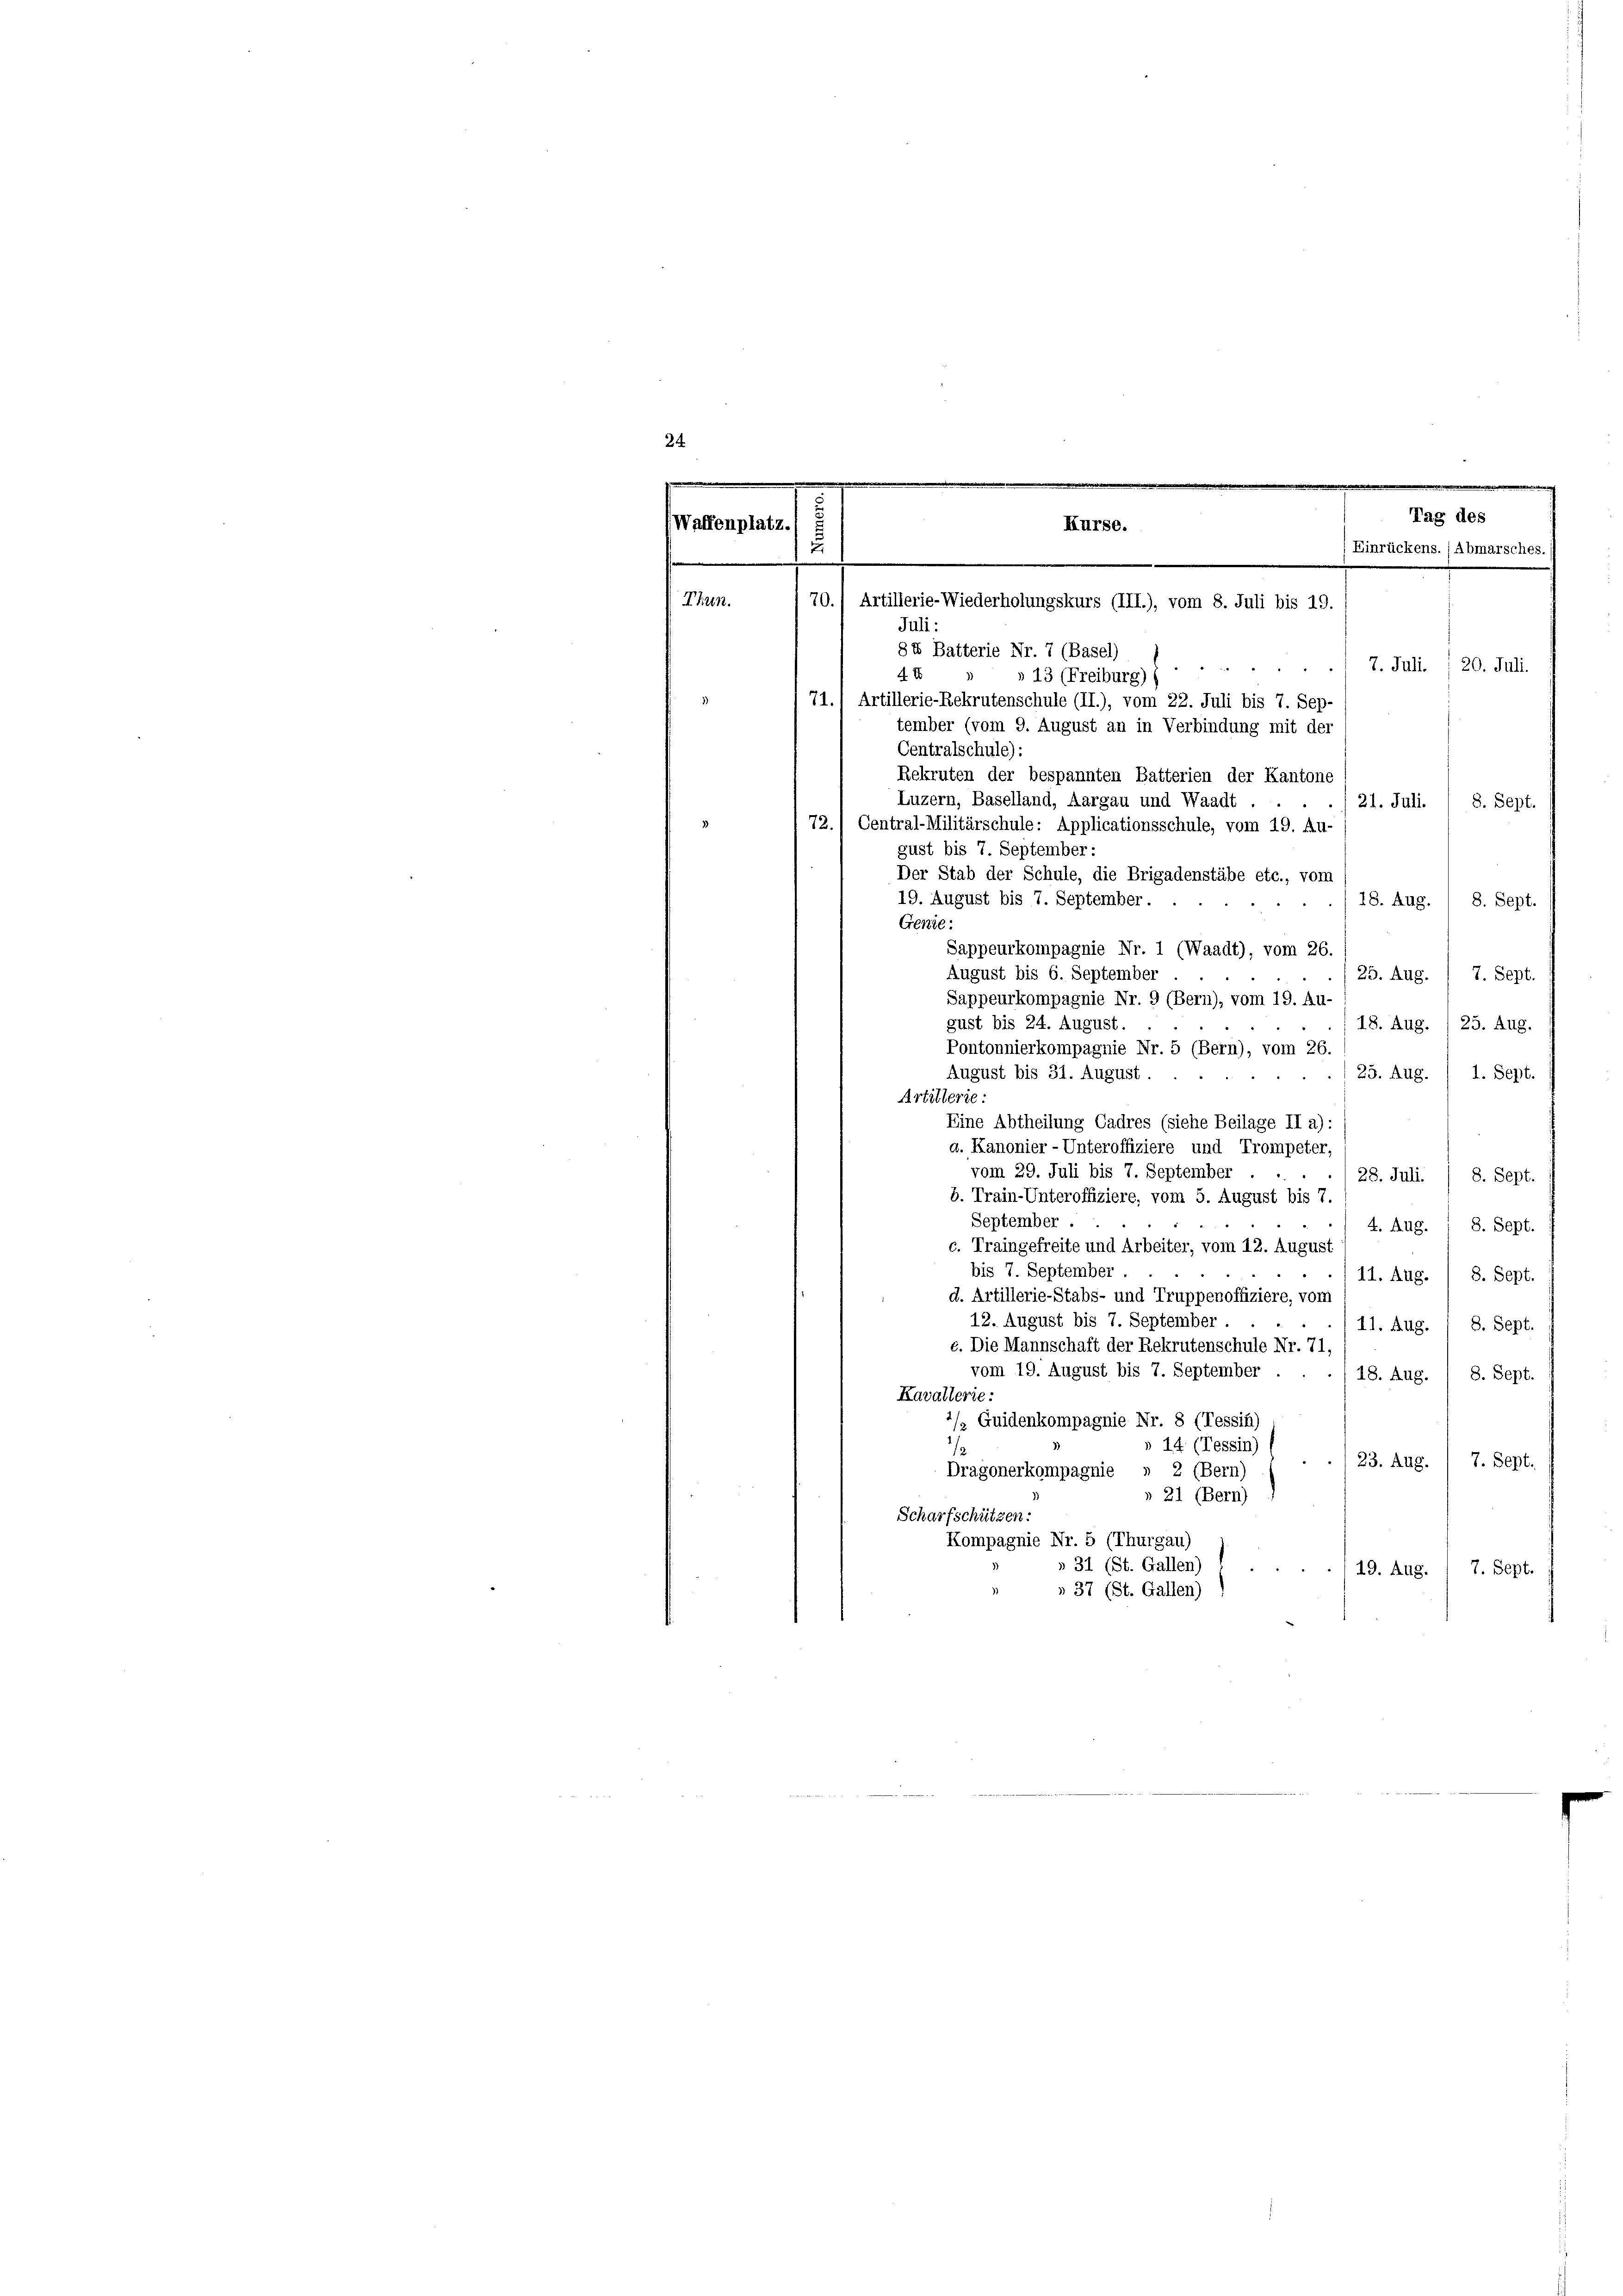
24

71.) Artillerie-Rekrutenschule (II.), vom 22. Juli bis 7. Sep-
tember (vom 9. August an in Verbindung mit der
Centralschule):
Rekruten der bespannten Batterien der Kantone
Luzern, Baselland, Aargau und Waadt
./21. Juli. / 8. Sept.
72./ Central-Militärschule: Applicationsschule, vom 19. Au-
gust bis 7. September:
Der Stab der Schule, die Brigadenstäbe etc., vom
19. August bis 7. September.
18. Aug.
8. Sept.
Genie:
Sappeurkompagnie Nr. 1 (Waadt), vom 26.
August bis 6. September
25. Aug. 1 7. Sept.
Sappeurkompagnie Nr. 9 (Bern), vom 19. Au-
gust bis 24. August.
18. Aug. / 25. Aug.
Pontonnierkompagnie Nr. 5 (Bern), vom 26.
August bis 31. August.
25. Aug. / 1. Sept.
Artillerie:
Eine Abtheilung Cadres (siehe Beilage II a):
a. Kanonier-Unteroffiziere und Trompeter,
vom 29. Juli bis 7. September . . . . 28. Juli. / 8. Sept.
b. Train-Unteroffiziere, vom 5. August bis 7.
September.
4. Aug. 8. Sept.
c. Traingefreite und Arbeiter, vom 12. August
bis 7. September
11. Aug. / 8. Sept.
d. Artillerie-Stabs- und Truppenoffiziere, von
12. August bis 7. September
11. Aug. / 8. Sept.
c. Die Mannschaft der Rekrutenschule Nr. 71
vom 19. August bis 7. September.
18. Aug. 1 8. Sept.
Kavallerie:
/ Guidenkompagnie Nr. 8 (Tessin)
» 14 (Tessin)
7. Sept.
123. Aug.
Dragonerkompagnie » 2 (Bern)
n 21 (Bern)
Scharfschützen.
Kompagnie Nr. 5 (Thurgau)
» 31 (St. Gallen)
7. Sept.
19. Aug.
» 37 (St. Gallen)

.
Tag des
Waffenplatz.
Kurse.
2
Einrückens. (Abmarsches.
.
Thun.
70.) Artillerie-Wiederholungskurs (III.), vom 8. Juli bis 19
Juli:
8X Batterie Nr. 7 (Basel)
7. Juli 20. Juli
4 x
» 13 (Freiburg)